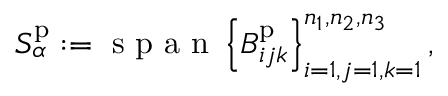
S _ { \alpha } ^ { \mathrm { p } } : = \mathrm { ~ s ~ p ~ a ~ n ~ } \left\{ B _ { i j k } ^ { \mathrm { p } } \right\} _ { i = 1 , j = 1 , k = 1 } ^ { n _ { 1 } , n _ { 2 } , n _ { 3 } } ,